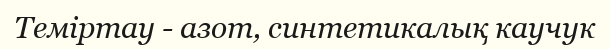
Теміртау - азот, синтетикалық каучук